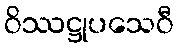
ဝိဿဋ္ဌုပသေဝီ